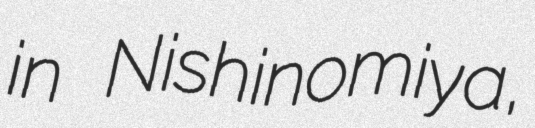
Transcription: in Nishinomiya,